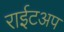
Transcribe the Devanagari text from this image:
राईटअप